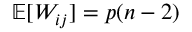
\mathbb { E } [ W _ { i j } ] = p ( n - 2 )